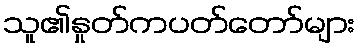
သူ၏နှုတ်ကပတ်တော်များ